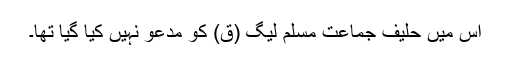
اس میں حلیف جماعت مسلم لیگ (ق) کو مدعو نہیں کیا گیا تھا۔